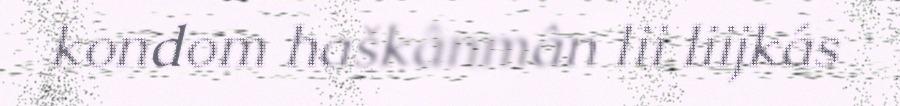
kondom haškânmân lii liijkás